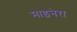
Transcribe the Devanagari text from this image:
माइनेरा